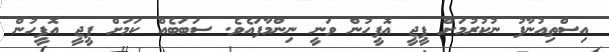
އިސްތިއުނާފު ނުކުރުމަށް ޕީޖީ އޮފީހުން ވަނީ ނިންމާފައެވެ. ސަބަބެއް ކަމަށް ޕީޖީ އޮފީހުން